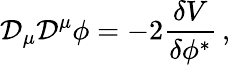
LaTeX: {\cal D}_{\mu}{\cal D}^{\mu}\phi=-2{\frac{\delta V}{\delta\phi^{*}}}\, ,